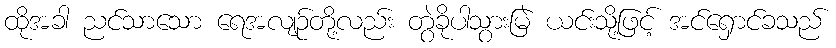
ထိုအခါ ညင်သာသော ရေအလျဉ်တို့လည်း တွဲခိုပါသွားမြဲ ယင်းသို့ဖြင့် အင်ရှောင်ခသည်